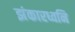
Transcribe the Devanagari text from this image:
झंकारध्वनि